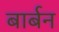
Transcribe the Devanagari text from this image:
बार्बन